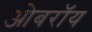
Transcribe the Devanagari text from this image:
ओबराॅय